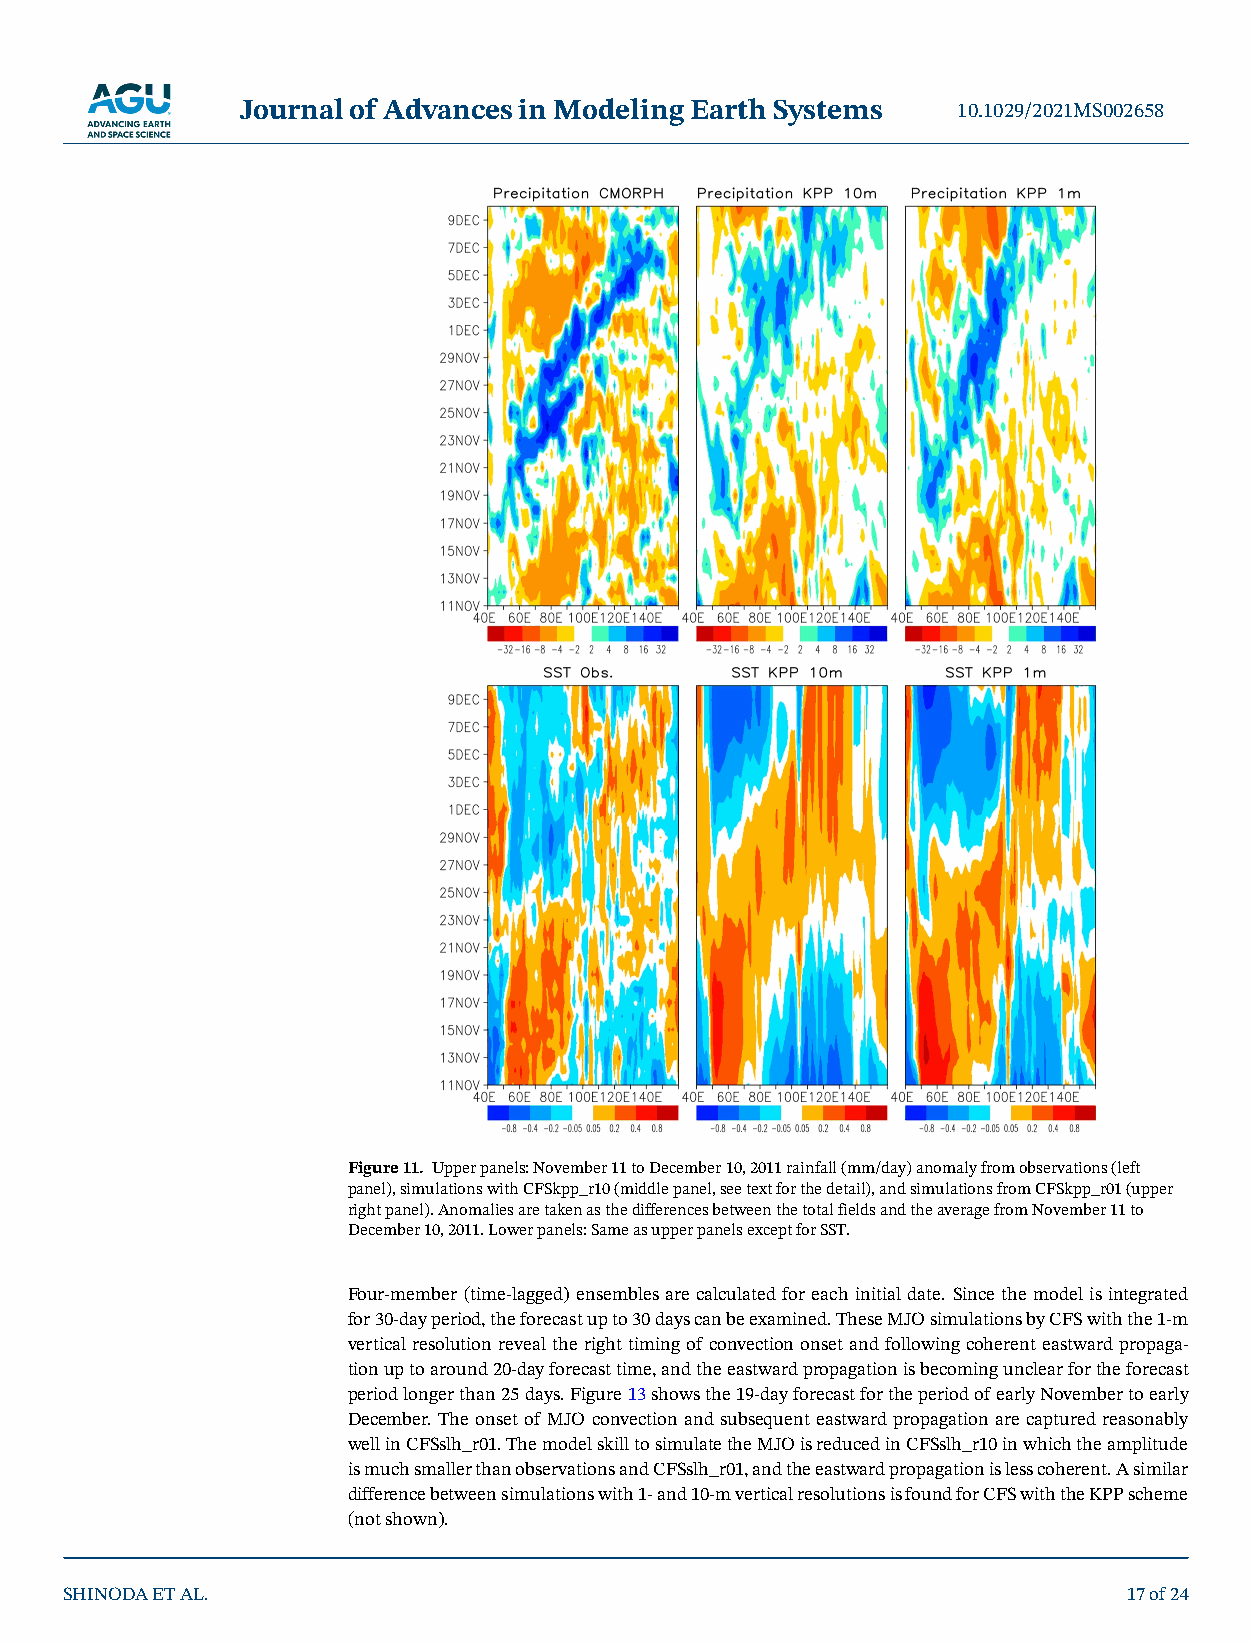
Journal of Advances in Modeling Earth Systems  10.1029/2021MS002658
 Figure 11. Upper panels: November 11 to December 10, 2011 rainfall (mm/day) anomaly from observations (left
 panel), simulations with CFSkpp_r10 (middle panel, see text for the detail), and simulations from CFSkpp_r01 (upper
 right panel). Anomalies are taken as the differences between the total fields and the average from November 11 to
 December 10, 2011. Lower panels: Same as upper panels except for SST.
 Four-member (time-lagged) ensembles are calculated for each initial date. Since the model is integrated
 for 30-day period, the forecast up to 30 days can be examined. These MJO simulations by CFS with the 1-m
 vertical resolution reveal the right timing of convection onset and following coherent eastward propaga-
 tion up to around 20-day forecast time, and the eastward propagation is becoming unclear for the forecast
 period longer than 25 days. Figure 13 shows the 19-day forecast for the period of early November to early
 December. The onset of MJO convection and subsequent eastward propagation are captured reasonably
 well in CFSslh_r01. The model skill to simulate the MJO is reduced in CFSslh_r10 in which the amplitude
 is much smaller than observations and CFSslh_r01, and the eastward propagation is less coherent. A similar
 difference between simulations with 1- and 10-m vertical resolutions is found for CFS with the KPP scheme
 (not shown).
 SHINODA ET AL.                                                         17 of 24